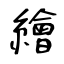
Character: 繪